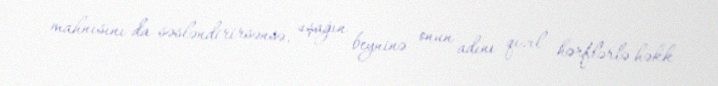
mahnısını da səsləndirirsənsə, uşağın beyninə onun adını qızıl hərflərlə həkk